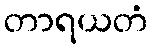
တာရယတံ